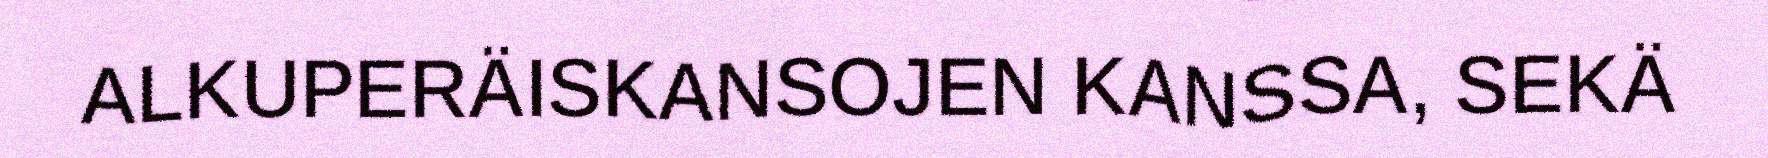
ALKUPERÄISKANSOJEN KANSSA, SEKÄ